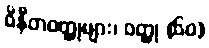
ဝိနီတဝတ္ထုများ၊ ဝတ္ထု (၆၀)